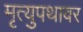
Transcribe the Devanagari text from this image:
मृत्युपथावर